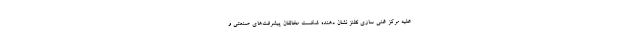
علیه مرکز غنی سازی نطنز نشان دهنده شکست مخالفان پیشرفت‌های صنعتی و